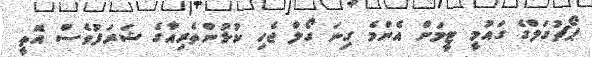
ޕޯޗުގަލްގެ ގައުމީ ޓީމަށް އެންމެ ގިނަ ގޯލް ޖެހި ކުޅުންތެރިއާގެ ޝަރަފުވެސް އޮތީ